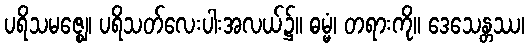
ပရိသမဇ္ဈေ၊ ပရိသတ်လေးပါးအလယ်၌။ ဓမ္မံ၊ တရားကို။ ဒေသေန္တဿ၊